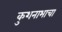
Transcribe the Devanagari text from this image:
कुशनाभाचा